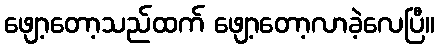
ဖျော့တော့သည်ထက် ဖျော့တော့လာခဲ့လေပြီ။